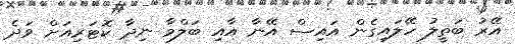
އޭރު ބަތީލު ހޭލައިގެން އައިސް އޭނާ އާއި ބަލްމާ ނިދާ ކޮޓަރިއަށް ވަދެ